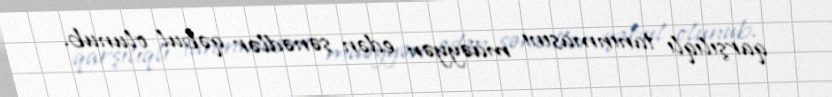
qarşılıqlı tanınmasını müəyyən edən sənədlər qəbul olunub.